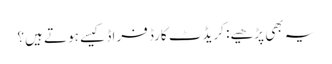
یہ بھی پڑھیے: کریڈٹ کارڈ فراڈ کیسے ہوتے ہیں؟